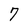
Character: 7